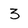
Character: 3